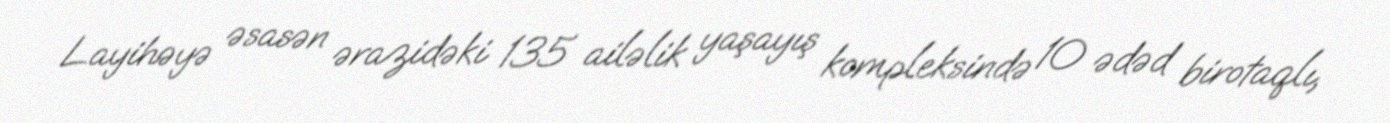
Layihəyə əsasən ərazidəki 135 ailəlik yaşayış kompleksində 10 ədəd birotaqlı,